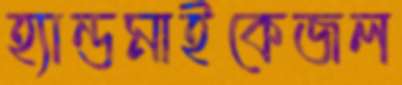
হ্যান্ডমাইকেজল